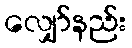
လျှော်နည်း